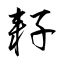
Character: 耔